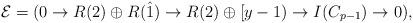
LaTeX: \begin{align*}\mathcal{E}=(0\rightarrow R(2)\oplus R(\hat{1}) \rightarrow R(2)\oplus [y-1) \rightarrow I(C_{p-1})\rightarrow 0),\end{align*}